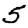
Digit: 5